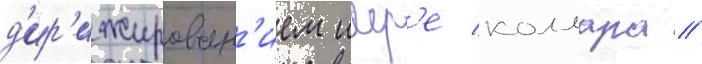
д'ир'ижирован'ием имр'е коллара //